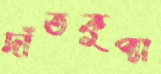
দাঁতকুপ্যা